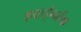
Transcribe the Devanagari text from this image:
हवाईनर्तक